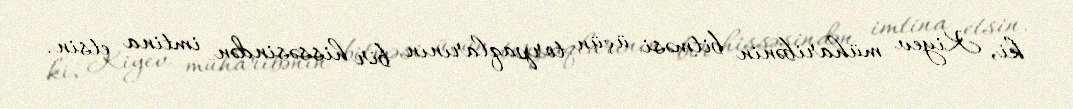
ki, Kiyev müharibənin bitməsi üçün torpaqlarının bir hissəsindən imtina etsin.